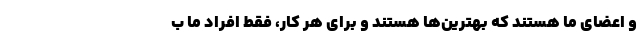
و اعضای ما هستند که بهترین‌ها هستند و برای هر کار، فقط افراد ما ب